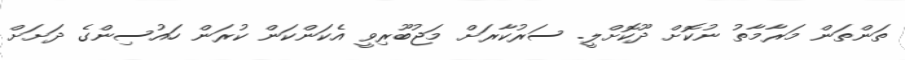
ތަންތަން މަރާމާތު ނުކޮށް ދޫކޮށްލީ. ސަރުކާރަށް މަޖުބޫރިވީ އެކަންކަން ކުރަން ހައުސިންގެ ދަށަށް